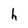
Character: h